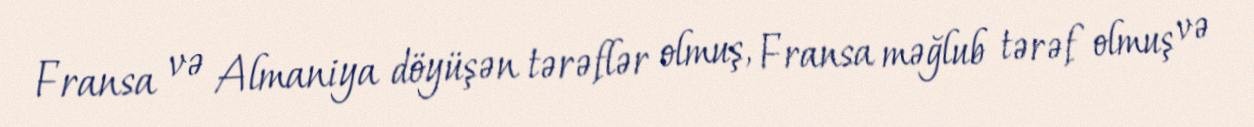
Fransa və Almaniya döyüşən tərəflər olmuş, Fransa məğlub tərəf olmuş və